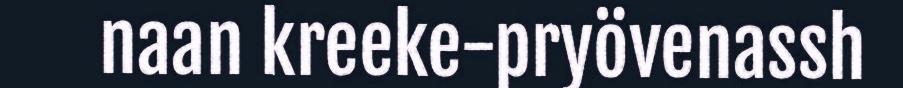
naan kreeke-pryövenassh